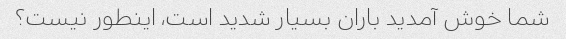
شما خوش آمدید باران بسیار شدید است، اینطور نیست؟